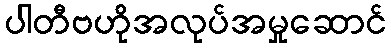
ပါတီဗဟိုအလုပ်အမှုဆောင်